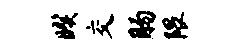
暌交肠隈